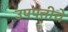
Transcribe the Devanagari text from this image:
उपपत्तीचे